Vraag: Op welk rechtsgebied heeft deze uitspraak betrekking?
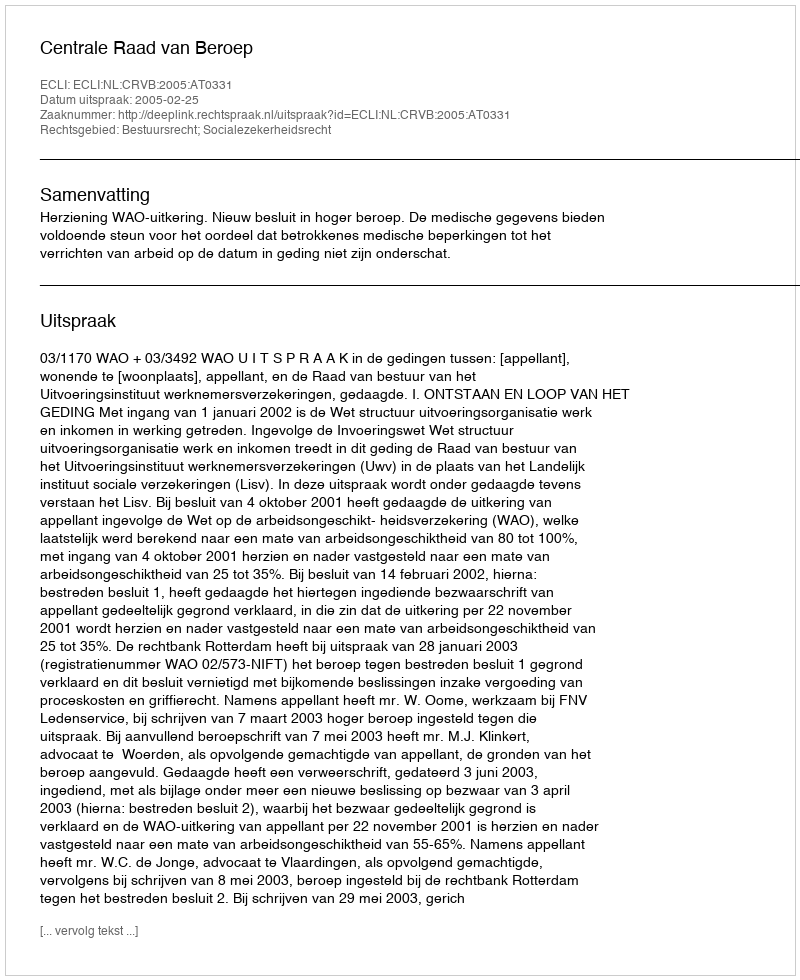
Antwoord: Bestuursrecht; Socialezekerheidsrecht